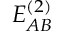
E _ { A B } ^ { ( 2 ) }